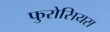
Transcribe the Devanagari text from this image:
फुरोसियस